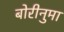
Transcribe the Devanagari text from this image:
बोरीनुमा